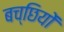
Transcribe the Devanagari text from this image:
बच्छियों